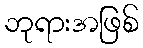
ဘုရားအဖြစ်